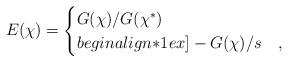
LaTeX: \begin{align*}E(\chi)=\begin{cases}G(\chi)/G(\chi^*) & \\begin{align*}1ex]-G(\chi)/s & ,\end{cases}\end{align*}